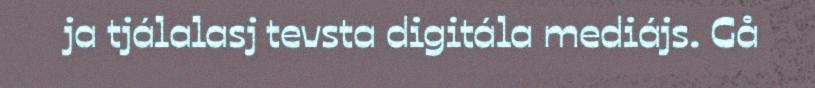
ja tjálalasj tevsta digitála mediájs. Gå